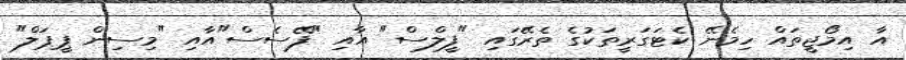
އާ އިމޯޖީތައް ހިމެނޭ ކެޓަގަރީތަކުގެ ތެރޭގައި "ފީލްސް" އާއި "ފޭސެސް"އާއި "މިސިން ޕީޕަލް"